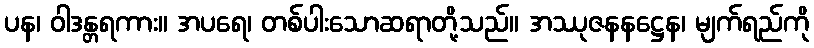
ပန၊ ဝါဒန္တရကား။ အပရေ၊ တစ်ပါးသောဆရာတို့သည်။ အဿုဇနနဋ္ဌေန၊ မျက်ရည်ကို